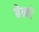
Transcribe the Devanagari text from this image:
बेन्चो